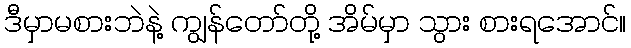
ဒီမှာမစားဘဲနဲ့ ကျွန်တော်တို့ အိမ်မှာ သွား စားရအောင်။